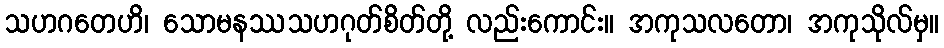
သဟဂတေဟိ၊ သောမနဿသဟဂုတ်စိတ်တို့ လည်းကောင်း။ အကုသလတော၊ အကုသိုလ်မှ။